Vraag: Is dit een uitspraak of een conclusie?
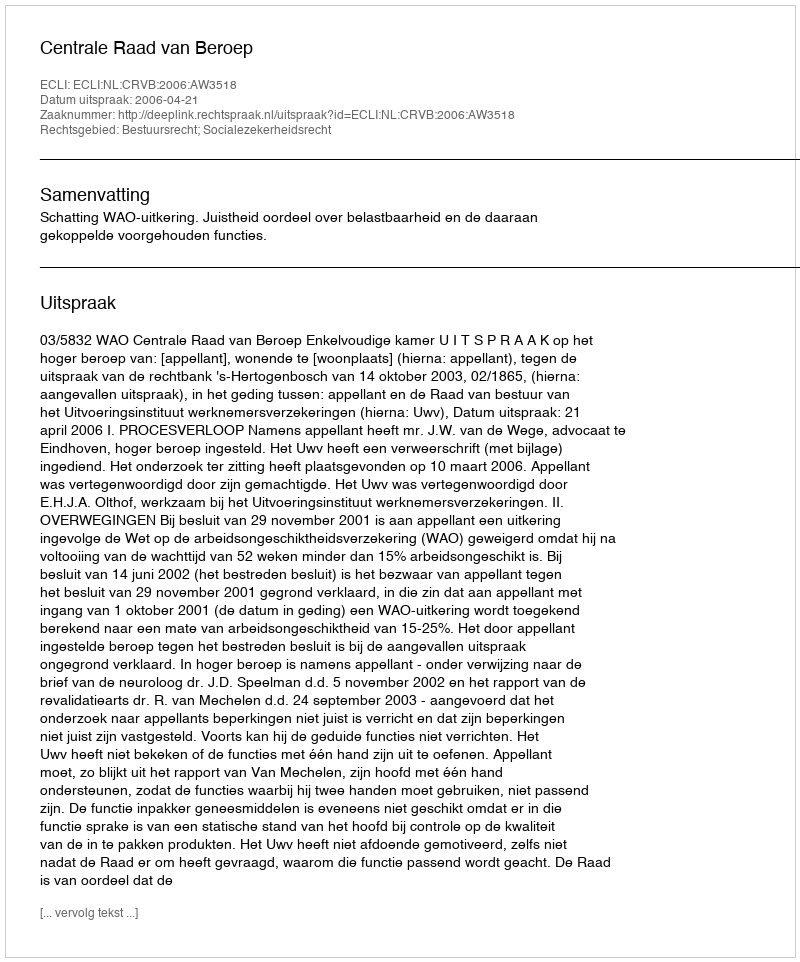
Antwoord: Uitspraak